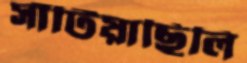
সাঁটিয়াছিলি